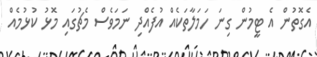
އެގޮތުން އެ ޓީމުން ގިނަ ހަމަލާތަކެއް އުފެއްދި ނަމަވެސް މެޗުގައި މޮޅު ކުޅުމެއް